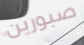
صبورين